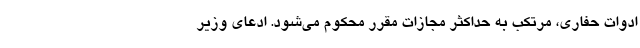
ادوات حفاری، مرتکب به حداکثر مجازات مقرر محکوم می‌شود. ادعای وزیر